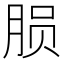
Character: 𬁽